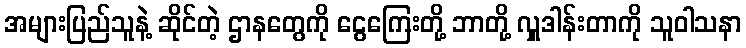
အများပြည်သူနဲ့ ဆိုင်တဲ့ ဌာနတွေကို ငွေကြေးတို့ ဘာတို့ လှူဒါန်းတာကို သူဝါသနာ